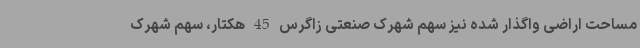
مساحت اراضی واگذار شده نیز سهم شهرک صنعتی زاگرس 45 هکتار، سهم شهرک